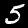
Label: 5